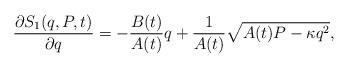
LaTeX: \begin{align*}\frac{\partial S_{1}(q,P,t)}{\partial q}=-\frac{B(t)}{A(t)}q+\frac{1}{A(t)}\sqrt{A(t)P-\kappa q^{2}},\end{align*}